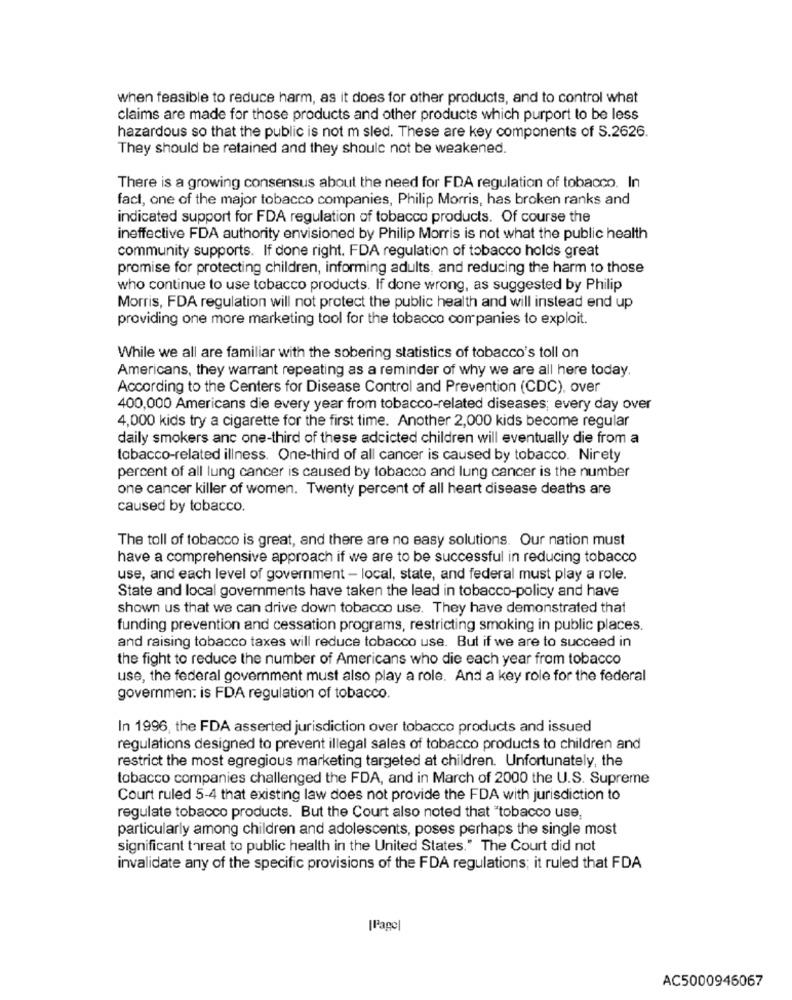
when feasible to reduce harm, as it does for other products, and to control what
claims are made for those products and other products which purport to be less
hazardous so that the public is not m sled. These are key components of S.2626.
They should be retained and they should not be weakened.
There is a growing consensus about the need for FDA regulation of tobacco. In
fact, one of the major tobacco companies, Philip Morris, has broken ranks and
indicated support for FDA regulation of tobacco products. Of course the
ineffective FDA authority envisioned by Philip Morris is not what the public health
community supports. If done right. FDA regulation of tobacco holds great
promise for protecting children, informing adults, and reducing the harm to those
who continue to use tobacco products. If done wrong, as suggested by Philip
Morris, FDA regulation will not protect the public health and will instead end up
providing one more marketing tool for the tobacco companies to exploit.
While we all are familiar with the sobering statistics of tobacco's toll on
Americans, they warrant repeating as a reminder of why we are all here today.
According to the Centers for Disease Control and Prevention (CDC), over
400,000 Americans die every year from tobacco-related diseases; every day over
4,000 kids try a cigarette for the first time. Another 2,000 kids become regular
daily smokers anc one-third of these adcicted children will eventually die from a
tobacco-related illness. One-third of all cancer is caused by tobacco. Nirety
percent of all lung cancer is caused by tobacco and lung cancer is the number
one cancer killer of women. Twenty percent of all heart disease deaths are
caused by tobacco.
The toll of tobacco is great, and there are no easy solutions. Our nation must
have a comprehensive approach if we are to be successful in reducing tobacco
use, and each level of government - local, state, and federal must play a role.
State and local governments have taken the lead in tobacco-policy and have
shown us that we can drive down tobacco use. They have demonstrated that
funding prevention and cessation programs, restricting smoking in public places.
and raising tobacco taxes will reduce tobacco use. But if we are to succeed in
the fight to reduce the number of Americans who die each year from tobacco
use, the federal government must also play a role. And a key role for the federal
governmen: is FDA regulation of tobacco.
In 1996, the FDA asserted jurisdiction over tobacco products and issued
regulations designed to prevent illegal sales of tobacco products to children and
restrict the most egregious marketing targeted at children. Unfortunately, the
tobacco companies challenged the FDA, and in March of 2000 the U.S. Supreme
Court ruled 5-4 that existing law does not provide the FDA with jurisdiction to
regulate tobacco products. But the Court also noted that "tobacco use,
particularly among children and adolescents, poses perhaps the single most
significant threat to public health in the United States." The Court did not
invalidate any of the specific provisions of the FDA regulations; it ruled that FDA
[Page|
AC5000946067